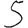
Digit: 5